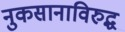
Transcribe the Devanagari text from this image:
नुकसानाविरुद्ध